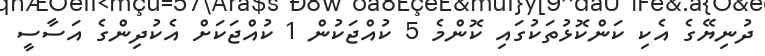
ދުނިޔޭގެ އެކި ކަންކޮޅުތަކުގައި ކޮންމެ 5 ކުއްޖަކުން 1 ކުއްޖަކަށް އެކުދިންގެ އަސާސީ